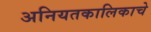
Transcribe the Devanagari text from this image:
अनियतकालिकाचे